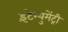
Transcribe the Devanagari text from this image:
इंटेग्युमेंट्री